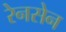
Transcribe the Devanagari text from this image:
रेनसेन